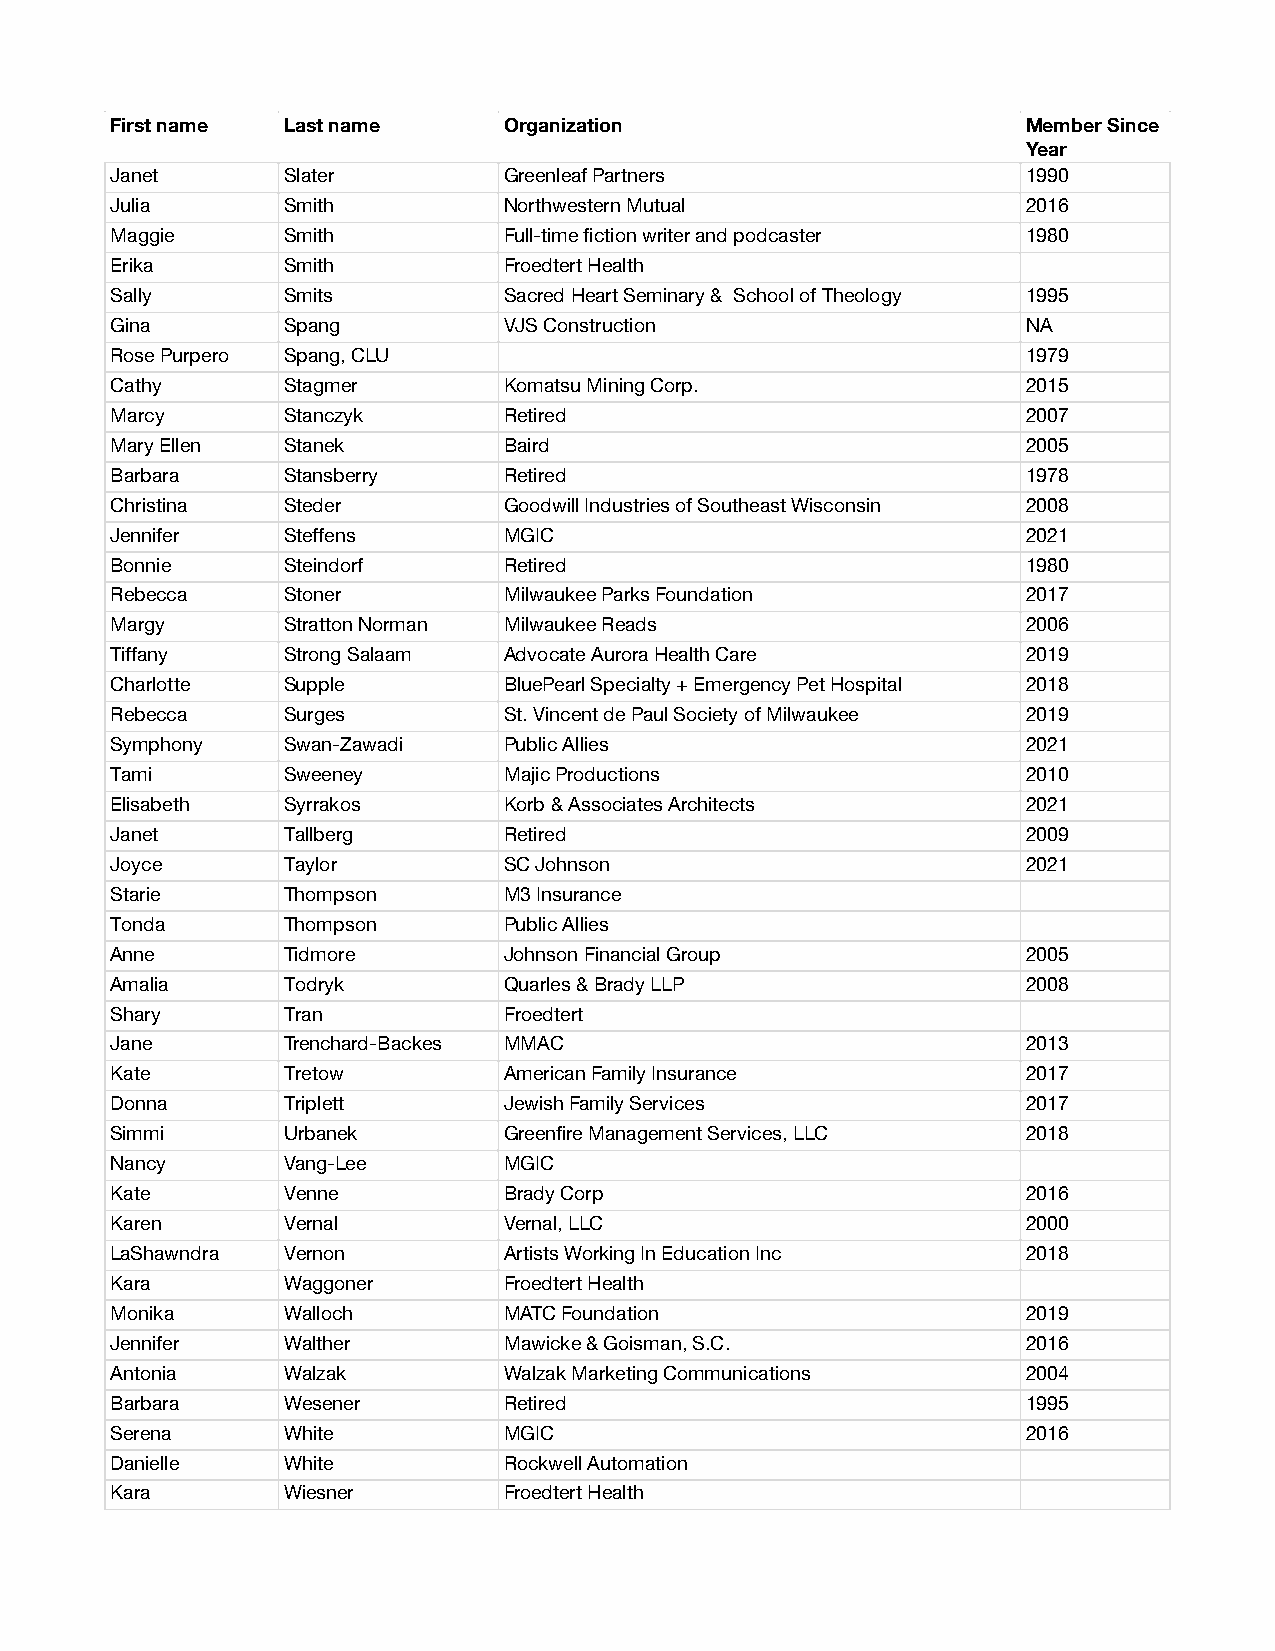
First name  Last name     Organization                       Member Since
 Year
 Janet       Slater        Greenleaf Partners                 1990
 Julia       Smith         Northwestern Mutual                2016
 Maggie      Smith         Full-time fiction writer and podcaster 1980
 Erika       Smith         Froedtert Health
 Sally       Smits         Sacred Heart Seminary & School of Theology 1995
 Gina        Spang         VJS Construction                   NA
 Rose Purpero Spang, CLU                                      1979
 Cathy       Stagmer       Komatsu Mining Corp.               2015
 Marcy       Stanczyk      Retired                            2007
 Mary Ellen  Stanek        Baird                              2005
 Barbara     Stansberry    Retired                            1978
 Christina   Steder        Goodwill Industries of Southeast Wisconsin 2008
 Jennifer    Steffens      MGIC                               2021
 Bonnie      Steindorf     Retired                            1980
 Rebecca     Stoner        Milwaukee Parks Foundation         2017
 Margy       Stratton Norman Milwaukee Reads                  2006
 Tiffany     Strong Salaam Advocate Aurora Health Care        2019
 Charlotte   Supple        BluePearl Specialty + Emergency Pet Hospital 2018
 Rebecca     Surges        St. Vincent de Paul Society of Milwaukee 2019
 Symphony    Swan-Zawadi   Public Allies                      2021
 Tami        Sweeney       Majic Productions                  2010
 Elisabeth   Syrrakos      Korb & Associates Architects       2021
 Janet       Tallberg      Retired                            2009
 Joyce       Taylor        SC Johnson                         2021
 Starie      Thompson      M3 Insurance
 Tonda       Thompson      Public Allies
 Anne        Tidmore       Johnson Financial Group            2005
 Amalia      Todryk        Quarles & Brady LLP                2008
 Shary       Tran          Froedtert
 Jane        Trenchard-Backes MMAC                            2013
 Kate        Tretow        American Family Insurance          2017
 Donna       Triplett      Jewish Family Services             2017
 Simmi       Urbanek       Greenfire Management Services, LLC 2018
 Nancy       Vang-Lee      MGIC
 Kate        Venne         Brady Corp                         2016
 Karen       Vernal        Vernal, LLC                        2000
 LaShawndra  Vernon        Artists Working In Education Inc   2018
 Kara        Waggoner      Froedtert Health
 Monika      Walloch       MATC Foundation                    2019
 Jennifer    Walther       Mawicke & Goisman, S.C.            2016
 Antonia     Walzak        Walzak Marketing Communications    2004
 Barbara     Wesener       Retired                            1995
 Serena      White         MGIC                               2016
 Danielle    White         Rockwell Automation
 Kara        Wiesner       Froedtert Health